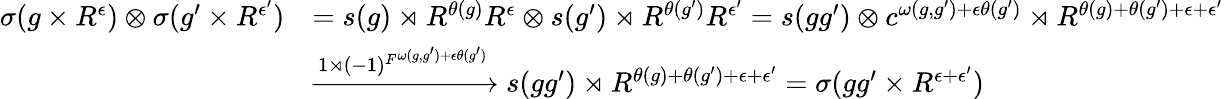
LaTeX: \begin{array}{rl}{\sigma(g\times R^{\epsilon})\otimes\sigma(g^{\prime}\times R^{\epsilon^{\prime}})}&{=s(g)\rtimes R^{\theta(g)}R^{\epsilon}\otimes s(g^{\prime})\rtimes R^{\theta(g^{\prime})}R^{\epsilon^{\prime}}=s(gg^{\prime})\otimes c^{\omega(g,g^{\prime})+\epsilon\theta(g^{\prime})}\rtimes R^{\theta(g)+\theta(g^{\prime})+\epsilon+\epsilon^{\prime}}}\\ &{\xrightarrow{1\rtimes{(-1)^{F}}^{\omega(g,g^{\prime})+\epsilon\theta(g^{\prime})}}s(gg^{\prime})\rtimes R^{\theta(g)+\theta(g^{\prime})+\epsilon+\epsilon^{\prime}}=\sigma(gg^{\prime}\times R^{\epsilon+\epsilon^{\prime}})}\end{array}